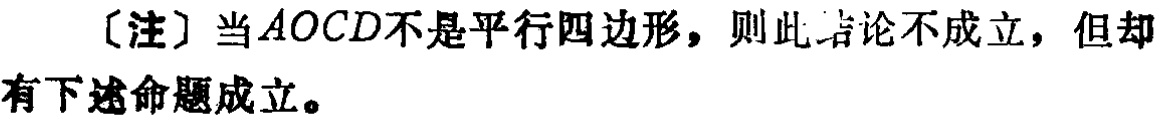
[注] 当\(AOCD\)不是平行四边形，则此结论不成立，但却有下述命题成立。